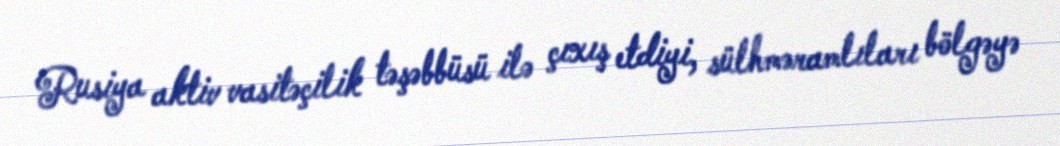
Rusiya aktiv vasitəçilik təşəbbüsü ilə çıxış etdiyi, sülhməramlıları bölgəyə